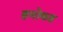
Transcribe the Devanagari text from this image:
हमोकह